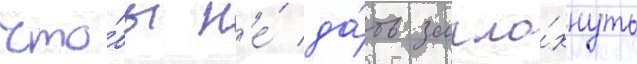
что́бы н'е́ да́ть загло́хнуть